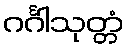
ဂင်္ဂါသုတ္တံ